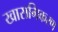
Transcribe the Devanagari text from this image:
खासगिकरण